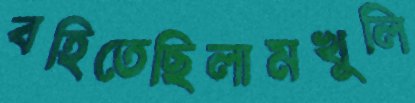
বহিতেছিলামখুলি